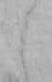
し